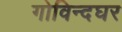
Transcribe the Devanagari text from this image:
गोविन्दघर